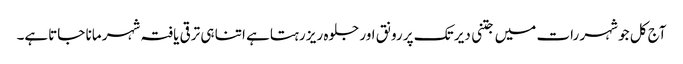
آج کل جو شہر رات میں جتنی دیر تک پر رونق اور جلوہ ریز رہتاہے اتنا ہی ترقی یافتہ شہر مانا جاتاہے۔